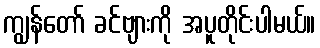
ကျွန်တော် ခင်ဗျားကို အပူတိုင်းပါမယ်။